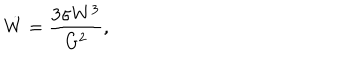
LaTeX: \dot { W } = \frac { 3 \sigma W ^ { 3 } } { G ^ { 2 } } ,